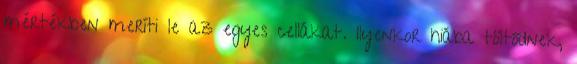
mértékben meríti le az egyes cellákat. Ilyenkor hiába töltődnek,